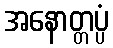
အနောတ္တပ္ပံ